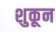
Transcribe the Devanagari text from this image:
शुकून